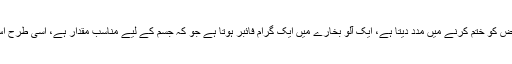
آلو بخارے فائبر سے بھرپور پھل ہے اور یہ وہ جز ہے جو آنتوں کے افعال کو بہتر کرکے قبض کو ختم کرنے میں مدد دیتا ہے، ایک آلو بخارے میں ایک گرام فائبر ہوتا ہے جو کہ جسم کے لیے مناسب مقدار ہے، اسی طرح اس میں موجوددیگراجزاءبھی نظام ہضم کے مسائل پر قابو پانے کے لیے موثر ثابت ہوتے ہیں۔